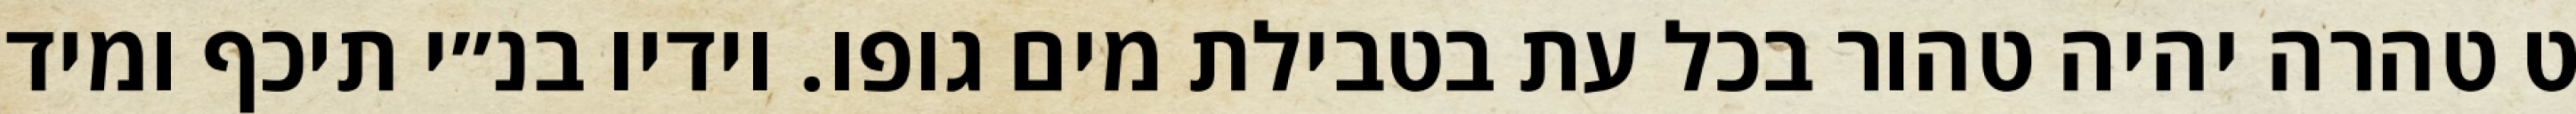
ט טהרה יהיה טהור בכל עת בטבילת מים גופו. וידיו בנ״י תיכף ומיד